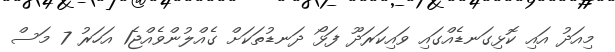
މިއަދު އައި ކޮޅިގަނޑެއްގައި ވައިކަރަދޫ ފަޅޯ ދަނޑުތަކަށް ގެއްލުންވެއްޖެ1 އަހަރު 7 މަސް